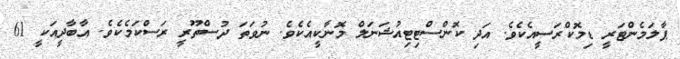
ޕާލަމެންޓަރީ ޑިމޮކްރަސީއެކެވެ. އަދި ކޮންސްޓިޓިއުޝަނަލް މޮނާކީއެކެވެ. ނުވަތަ ދުސްތޫރީ ރަސްކަމެކެވެ. އާބާދީއަކީ 61